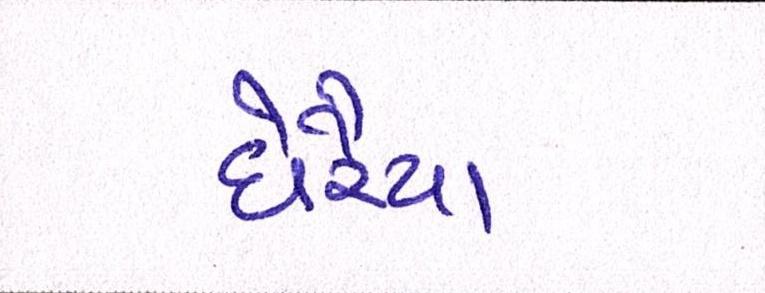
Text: ઘેરૈયા